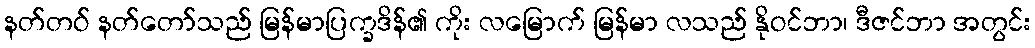
နတ်တဝ် နတ်တော်သည် မြန်မာပြက္ခဒိန်၏ ကိုး လမြောက် မြန်မာ လသည် နိုဝင်ဘာ၊ ဒီဇင်ဘာ အတွင်း